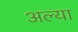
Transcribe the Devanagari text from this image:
अल्या